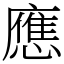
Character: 應